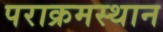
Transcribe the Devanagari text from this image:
पराक्रमस्थान